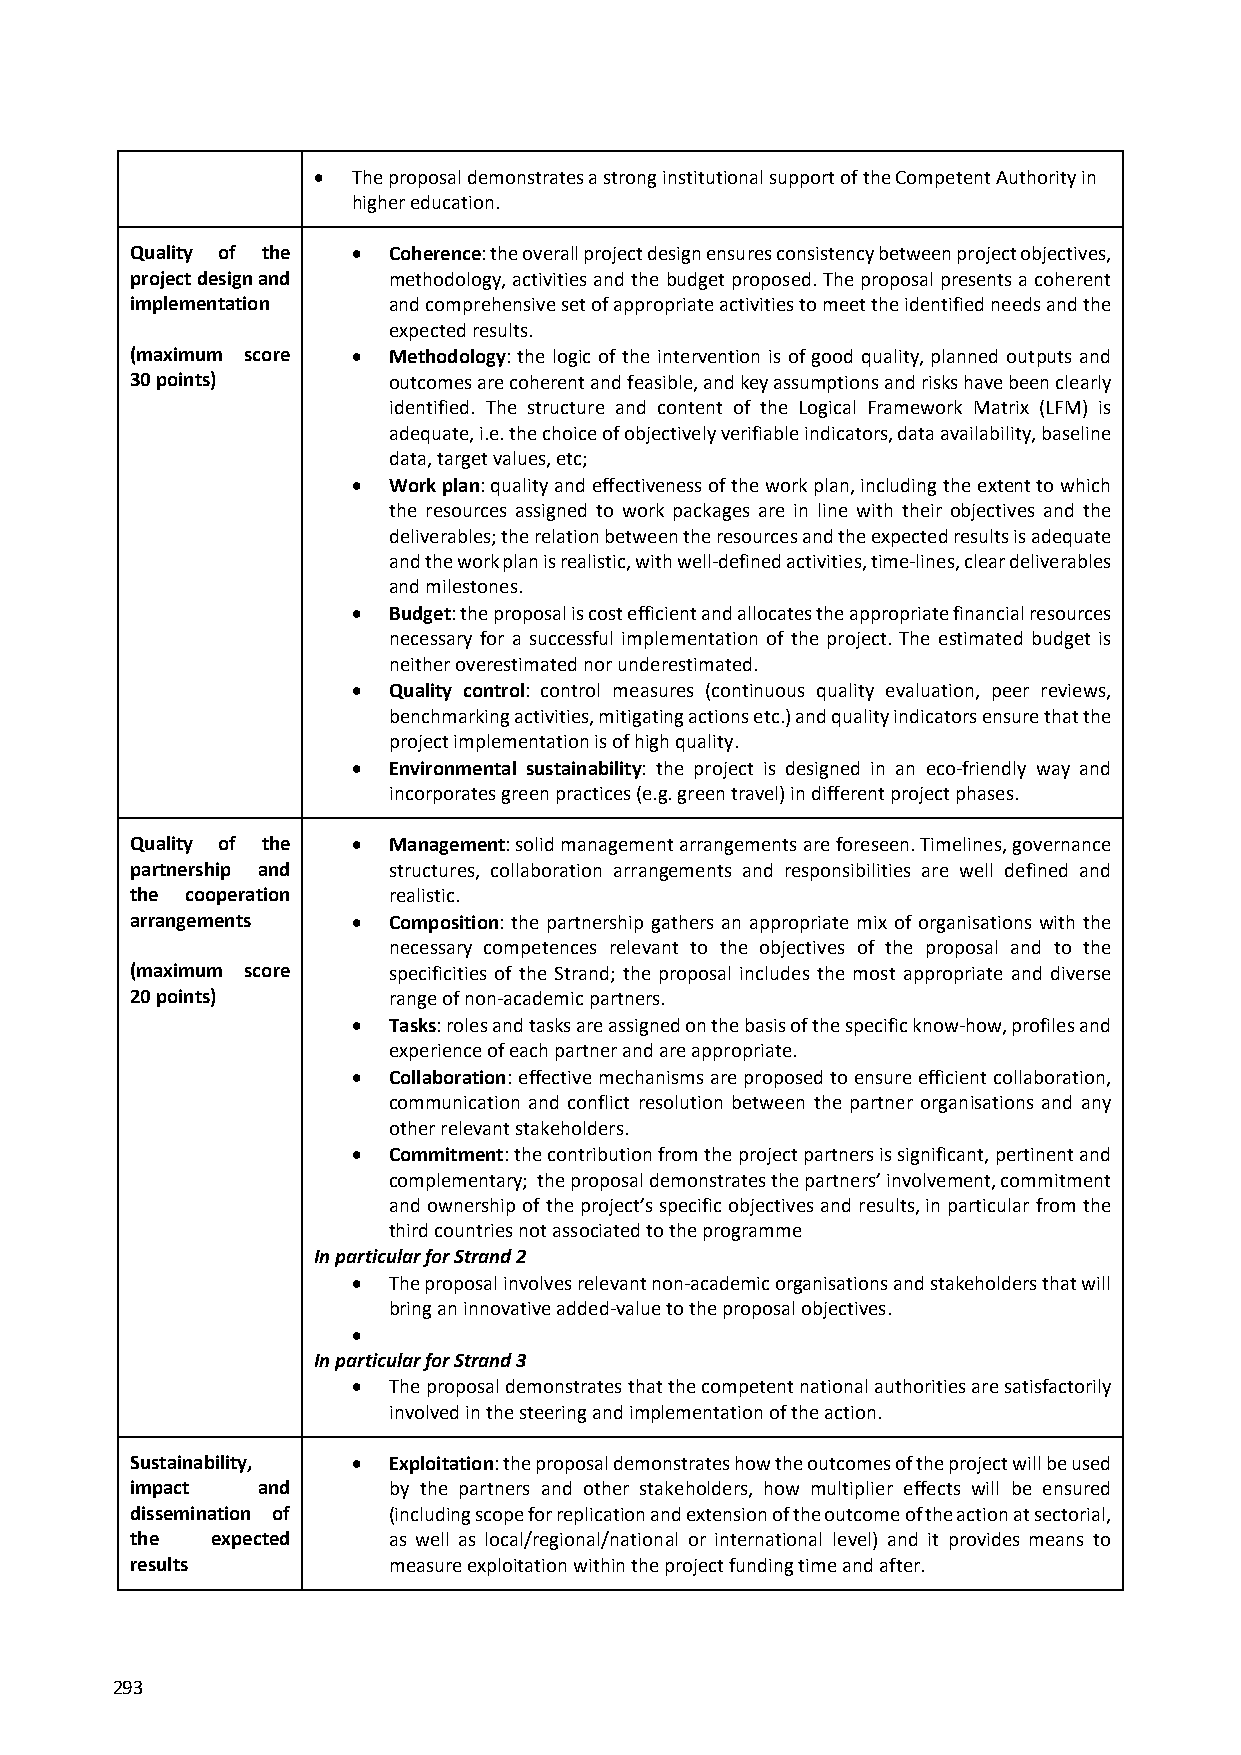
 The proposal demonstrates a strong institutional support of the Competent Authority in
 higher education.
 Quality of the  Coherence: the overall project design ensures consistency between project objectives,
 project design and methodology, activities and the budget proposed. The proposal presents a coherent
 implementation   and comprehensive set of appropriate activities to meet the identified needs and the
 expected results.
 (maximum score  Methodology: the logic of the intervention is of good quality, planned outputs and
 30 points)       outcomes are coherent and feasible, and key assumptions and risks have been clearly
 identified. The structure and content of the Logical Framework Matrix (LFM) is
 adequate, i.e. the choice of objectively verifiable indicators, data availability, baseline
 data, target values, etc;
   Work plan: quality and effectiveness of the work plan, including the extent to which
 the resources assigned to work packages are in line with their objectives and the
 deliverables; the relation between the resources and the expected results is adequate
 and the work plan is realistic, with well‐defined activities, time‐lines, clear deliverables
 and milestones.
   Budget: the proposal is cost efficient and allocates the appropriate financial resources
 necessary for a successful implementation of the project. The estimated budget is
 neither overestimated nor underestimated.
   Quality control: control measures (continuous quality evaluation, peer reviews,
 benchmarking activities, mitigating actions etc.) and quality indicators ensure that the
 project implementation is of high quality.
   Environmental sustainability: the project is designed in an eco‐friendly way and
 incorporates green practices (e.g. green travel) in different project phases.
 Quality of the  Management: solid management arrangements are foreseen. Timelines, governance
 partnership and  structures, collaboration arrangements and responsibilities are well defined and
 the cooperation  realistic.
 arrangements    Composition: the partnership gathers an appropriate mix of organisations with the
 necessary competences relevant to the objectives of the proposal and to the
 (maximum score   specificities of the Strand; the proposal includes the most appropriate and diverse
 20 points)       range of non‐academic partners.
   Tasks: roles and tasks are assigned on the basis of the specific know‐how, profiles and
 experience of each partner and are appropriate.
   Collaboration: effective mechanisms are proposed to ensure efficient collaboration,
 communication and conflict resolution between the partner organisations and any
 other relevant stakeholders.
   Commitment: the contribution from the project partners is significant, pertinent and
 complementary; the proposal demonstrates the partners’ involvement, commitment
 and ownership of the project’s specific objectives and results, in particular from the
 third countries not associated to the programme
 In particular for Strand 2
   The proposal involves relevant non‐academic organisations and stakeholders that will
 bring an innovative added‐value to the proposal objectives.
 
 In particular for Strand 3
   The proposal demonstrates that the competent national authorities are satisfactorily
 involved in the steering and implementation of the action.
 Sustainability,  Exploitation: the proposal demonstrates how the outcomes of the project will be used
 impact  and      by the partners and other stakeholders, how multiplier effects will be ensured
 dissemination of (including scope for replication and extension of the outcome of the action at sectorial,
 the  expected    as well as local/regional/national or international level) and it provides means to
 results          measure exploitation within the project funding time and after.
 293